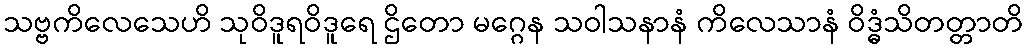
သဗ္ဗကိလေသေဟိ သုဝိဒူရဝိဒူရေ ဌိတော မဂ္ဂေန သဝါသနာနံ ကိလေသာနံ ဝိဒ္ဓံသိတတ္တာတိ